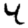
Digit: 4